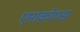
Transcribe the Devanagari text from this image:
एनाकोण्डा